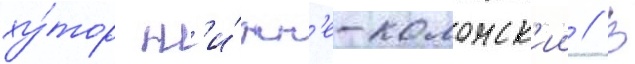
ху́тор н'и́жн'е-колонск'ии // В